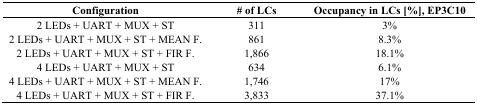
| Configuration | # of LCs | Occupancy in LCs [%], EP3C10 |
 | --- | --- | --- |
 | 2 LEDs + UART + MUX + ST | 311 | 3% |
 | 2 LEDs + UART + MUX + ST + MEAN F. | 861 | 8.3% |
 | 2 LEDs + UART + MUX + ST + FIR F. | 1,866 | 18.1% |
 | 4 LEDs + UART + MUX + ST | 634 | 6.1% |
 | 4 LEDs + UART + MUX + ST + MEAN F. | 1,746 | 17% |
 | 4 LEDs + UART + MUX + ST + FIR F. | 3,833 | 37.1% |